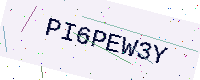
Text: PI6PEW3Y